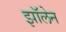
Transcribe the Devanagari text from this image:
झॉलेन